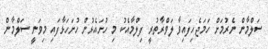
ސަލްމާން ނެރުމަށް ހަމަޖެހިފައިވާ ލަވްރާތުރީ ފިލްމާއެކު މި ހުށައެޅުން ހުށަހަޅާފައި މިވަނީ ސަލްމާން